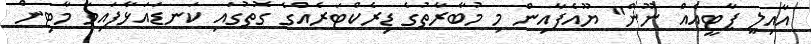
އާއިލީ ޕާޓީއެއް ނޫން" ޔޫއެފާއިން މި މުބާރާތުގެ ޑިރެކްޓަރެއްގެ ގޮތުގައި ކަނޑައަޅާފައިވާ މާޓިން